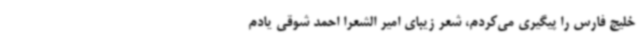
خلیج فارس را پیگیری می‌کردم، شعر زیبای امیر الشعرا احمد شوقی یادم